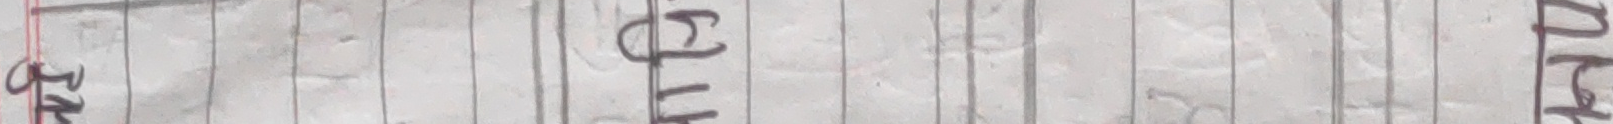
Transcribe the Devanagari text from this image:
उप बुट मन्त्र